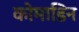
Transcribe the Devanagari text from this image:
कोमाडिन